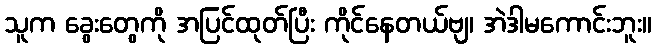
သူက ခွေးတွေကို အပြင်ထုတ်ပြီး ကိုင်နေတယ်ဗျ၊ အဲဒါမကောင်းဘူး။